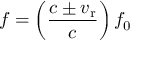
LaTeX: f = \left( { \frac { c \pm v _ { \mathrm { r } } } { c } } \right) f _ { 0 }